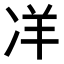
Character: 𭂎